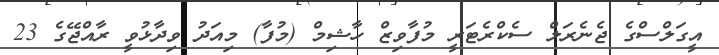
އީގަލްސްގެ ޖެނެރަލް ސެކްރެޓަރީ މުފާވިޒް ހާޝިމް (މުފާ) މިއަދު ވިދާޅުވީ ރާއްޖޭގެ 23